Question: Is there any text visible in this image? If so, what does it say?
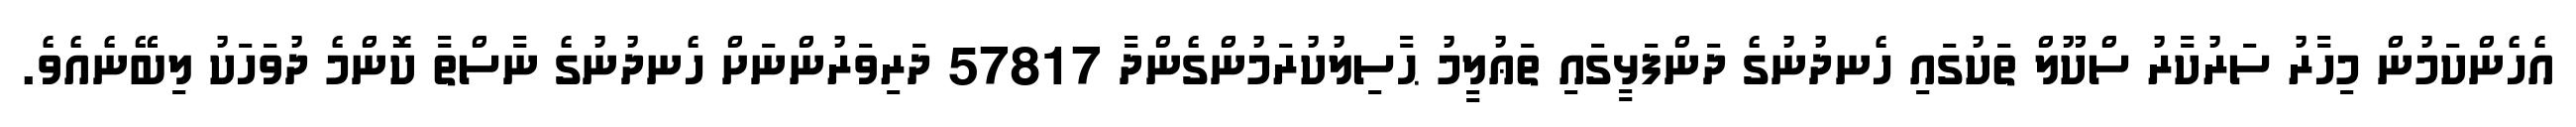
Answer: އެހެންކަމުން މިހާރު ސަރުކާރު ސްކޫލް ތަކުގައި ހެނދުނުގެ ދަންފަޅީގައި ތަޢުލީމު ޙާސިލުކުރަމުންގެންދާ 57817 ދަރިވަރުންނަށް ހެނދުނުގެ ނާސްތާ ކޮންމެ ދުވަހަކު ލިބޭނެއެވެ.